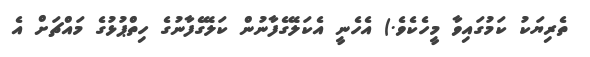
ތެރިޔަކު ކަމުގައިވާ މީހެކެވެ.) އެހެނީ އެކަލޭގެފާނުން ކަލޭގެފާނުގެ ހިތްޕުޅުގެ މައްޗަށް އެ